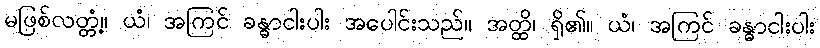
မဖြစ်လတ္တံ့။ ယံ၊ အကြင် ခန္ဓာငါးပါး အပေါင်းသည်။ အတ္ထိ၊ ရှိ၏။ ယံ၊ အကြင် ခန္ဓာငါးပါး